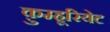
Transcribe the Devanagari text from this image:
क़ुम्हूरियेट